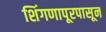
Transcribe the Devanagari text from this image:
शिंगणापूरपासून